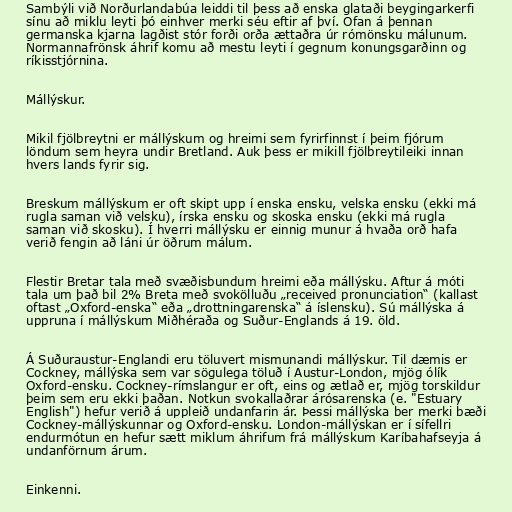
Sambýli við Norðurlandabúa leiddi til þess að enska glataði beygingarkerfi
sínu að miklu leyti þó einhver merki séu eftir af því. Ofan á þennan
germanska kjarna lagðist stór forði orða ættaðra úr rómönsku málunum.
Normannafrönsk áhrif komu að mestu leyti í gegnum konungsgarðinn og
ríkisstjórnina.

Mállýskur.

Mikil fjölbreytni er mállýskum og hreimi sem fyrirfinnst í þeim fjórum
löndum sem heyra undir Bretland. Auk þess er mikill fjölbreytileiki innan
hvers lands fyrir sig.

Breskum mállýskum er oft skipt upp í enska ensku, velska ensku (ekki má
rugla saman við velsku), írska ensku og skoska ensku (ekki má rugla
saman við skosku). Í hverri mállýsku er einnig munur á hvaða orð hafa
verið fengin að láni úr öðrum málum.

Flestir Bretar tala með svæðisbundum hreimi eða mállýsku. Aftur á móti
tala um það bil 2% Breta með svokölluðu „received pronunciation“ (kallast
oftast „Oxford-enska“ eða „drottningarenska“ á íslensku). Sú mállýska á
uppruna í mállýskum Miðhéraða og Suður-Englands á 19. öld.

Á Suðuraustur-Englandi eru töluvert mismunandi mállýskur. Til dæmis er
Cockney, mállýska sem var sögulega töluð í Austur-London, mjög ólík
Oxford-ensku. Cockney-rímslangur er oft, eins og ætlað er, mjög torskildur
þeim sem eru ekki þaðan. Notkun svokallaðrar árósarenska (e. "Estuary
English") hefur verið á uppleið undanfarin ár. Þessi mállýska ber merki bæði
Cockney-mállýskunnar og Oxford-ensku. London-mállýskan er í sífellri
endurmótun en hefur sætt miklum áhrifum frá mállýskum Karíbahafseyja á
undanförnum árum.

Einkenni.